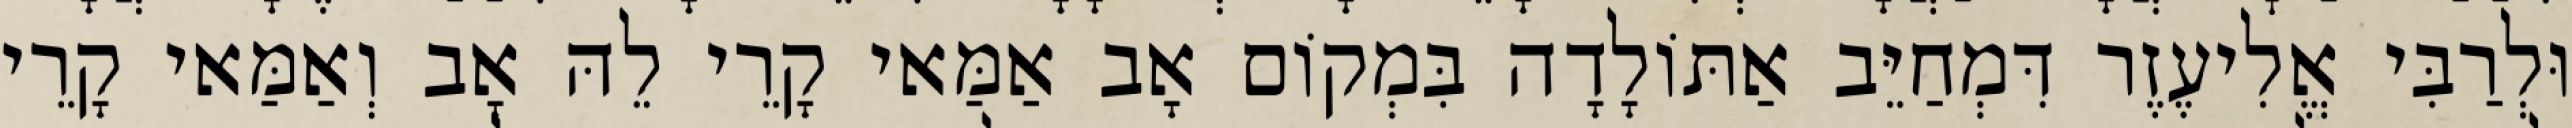
וּלְרַבִּי אֱלִיעֶזֶר דִּמְחַיֵּב אַתּוֹלָדָה בִּמְקוֹם אָב אַמַּאי קָרֵי לֵהּ אָב וְאַמַּאי קָרֵי